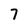
Character: 7